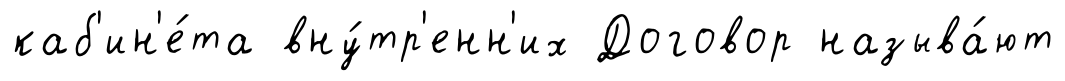
каб'ин'е́та вну́тр'енн'их Договор называ́ют